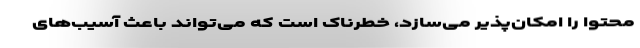
محتوا را امکان‌پذیر می‌سازد، خطرناک است که می‌تواند باعث آسیب‌های